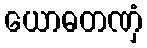
ယောဓတဏှံ